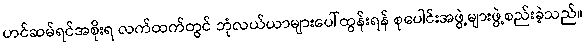
ဟင်ဆမ်ရင်အစိုးရ လက်ထက်တွင် ဘုံလယ်ယာများပေါ်ထွန်းရန် စုပေါင်းအဖွဲ့များဖွဲ့စည်းခဲ့သည်။